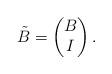
LaTeX: \begin{align*}\tilde B =\begin{pmatrix}B\\I\end{pmatrix}.\end{align*}